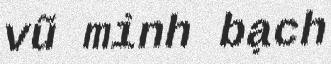
vũ minh bạch